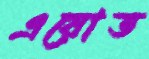
এয়োত